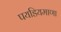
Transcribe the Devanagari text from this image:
पयडियमाणा